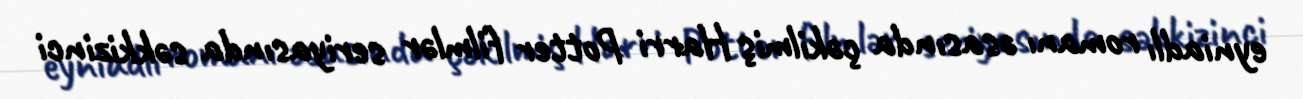
eyniadlı romanı əsasında çəkilmiş Harri Potter filmlər seriyasında səkkizinci